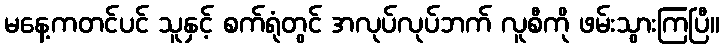
မနေ့ကတင်ပင် သူနှင့် စက်ရုံတွင် အလုပ်လုပ်ဘက် လူစီကို ဖမ်းသွားကြပြီ။